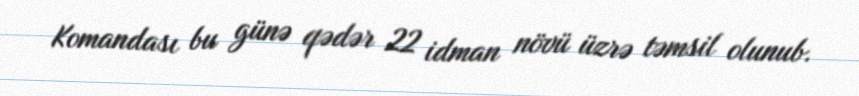
Komandası bu günə qədər 22 idman növü üzrə təmsil olunub.